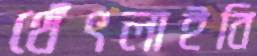
থেঁৎলাইবি